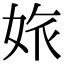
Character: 𡜅